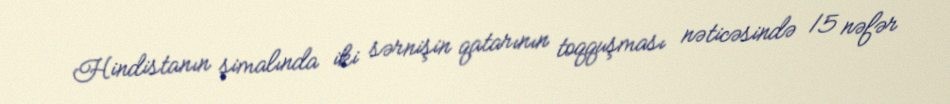
Hindistanın şimalında iki sərnişin qatarının toqquşması nəticəsində 15 nəfər